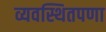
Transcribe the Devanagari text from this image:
व्यवस्थितपणा